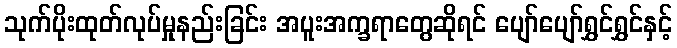
သုက်ပိုးထုတ်လုပ်မှုနည်းခြင်း အပူးအက္ခရာတွေဆိုရင် ပျော်ပျော်ရွှင်ရွှင်နှင့်